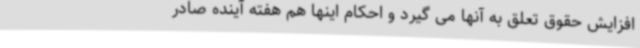
افزایش حقوق تعلق به آنها می گیرد و احکام اینها هم هفته آینده صادر